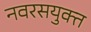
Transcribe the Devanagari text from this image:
नवरसयुक्त